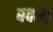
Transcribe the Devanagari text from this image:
बक्सा़